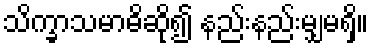
သိက္ခာသမာဓိဆို၍ နည်းနည်းမျှမရှိ။